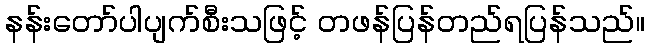
နန်းတော်ပါပျက်စီးသဖြင့် တဖန်ပြန်တည်ရပြန်သည်။